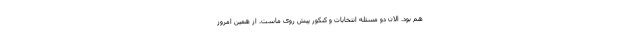
هم بود. الان دو مسئله انتخابات و کنکور پیش روی ماست. از همین امروز